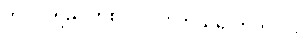
ဘိလပ်ရည် တစ် ပုလင်း ဘယ်လောက်လဲ။